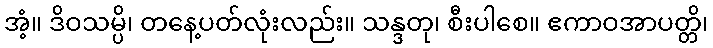
အံ့။ ဒိဝသမ္ပိ၊ တနေ့ပတ်လုံးလည်း။ သန္ဒတု၊ စီးပါစေ။ ဧကာဝအာပတ္တိ၊